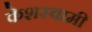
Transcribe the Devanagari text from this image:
केशस्वामी